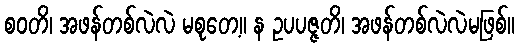
စဝတိ၊ အဖန်တစ်လဲလဲ မစုတေ့။ န ဥပပဇ္ဇတိ၊ အဖန်တစ်လဲလဲမဖြစ်။